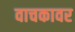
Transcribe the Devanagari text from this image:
वाचकावर